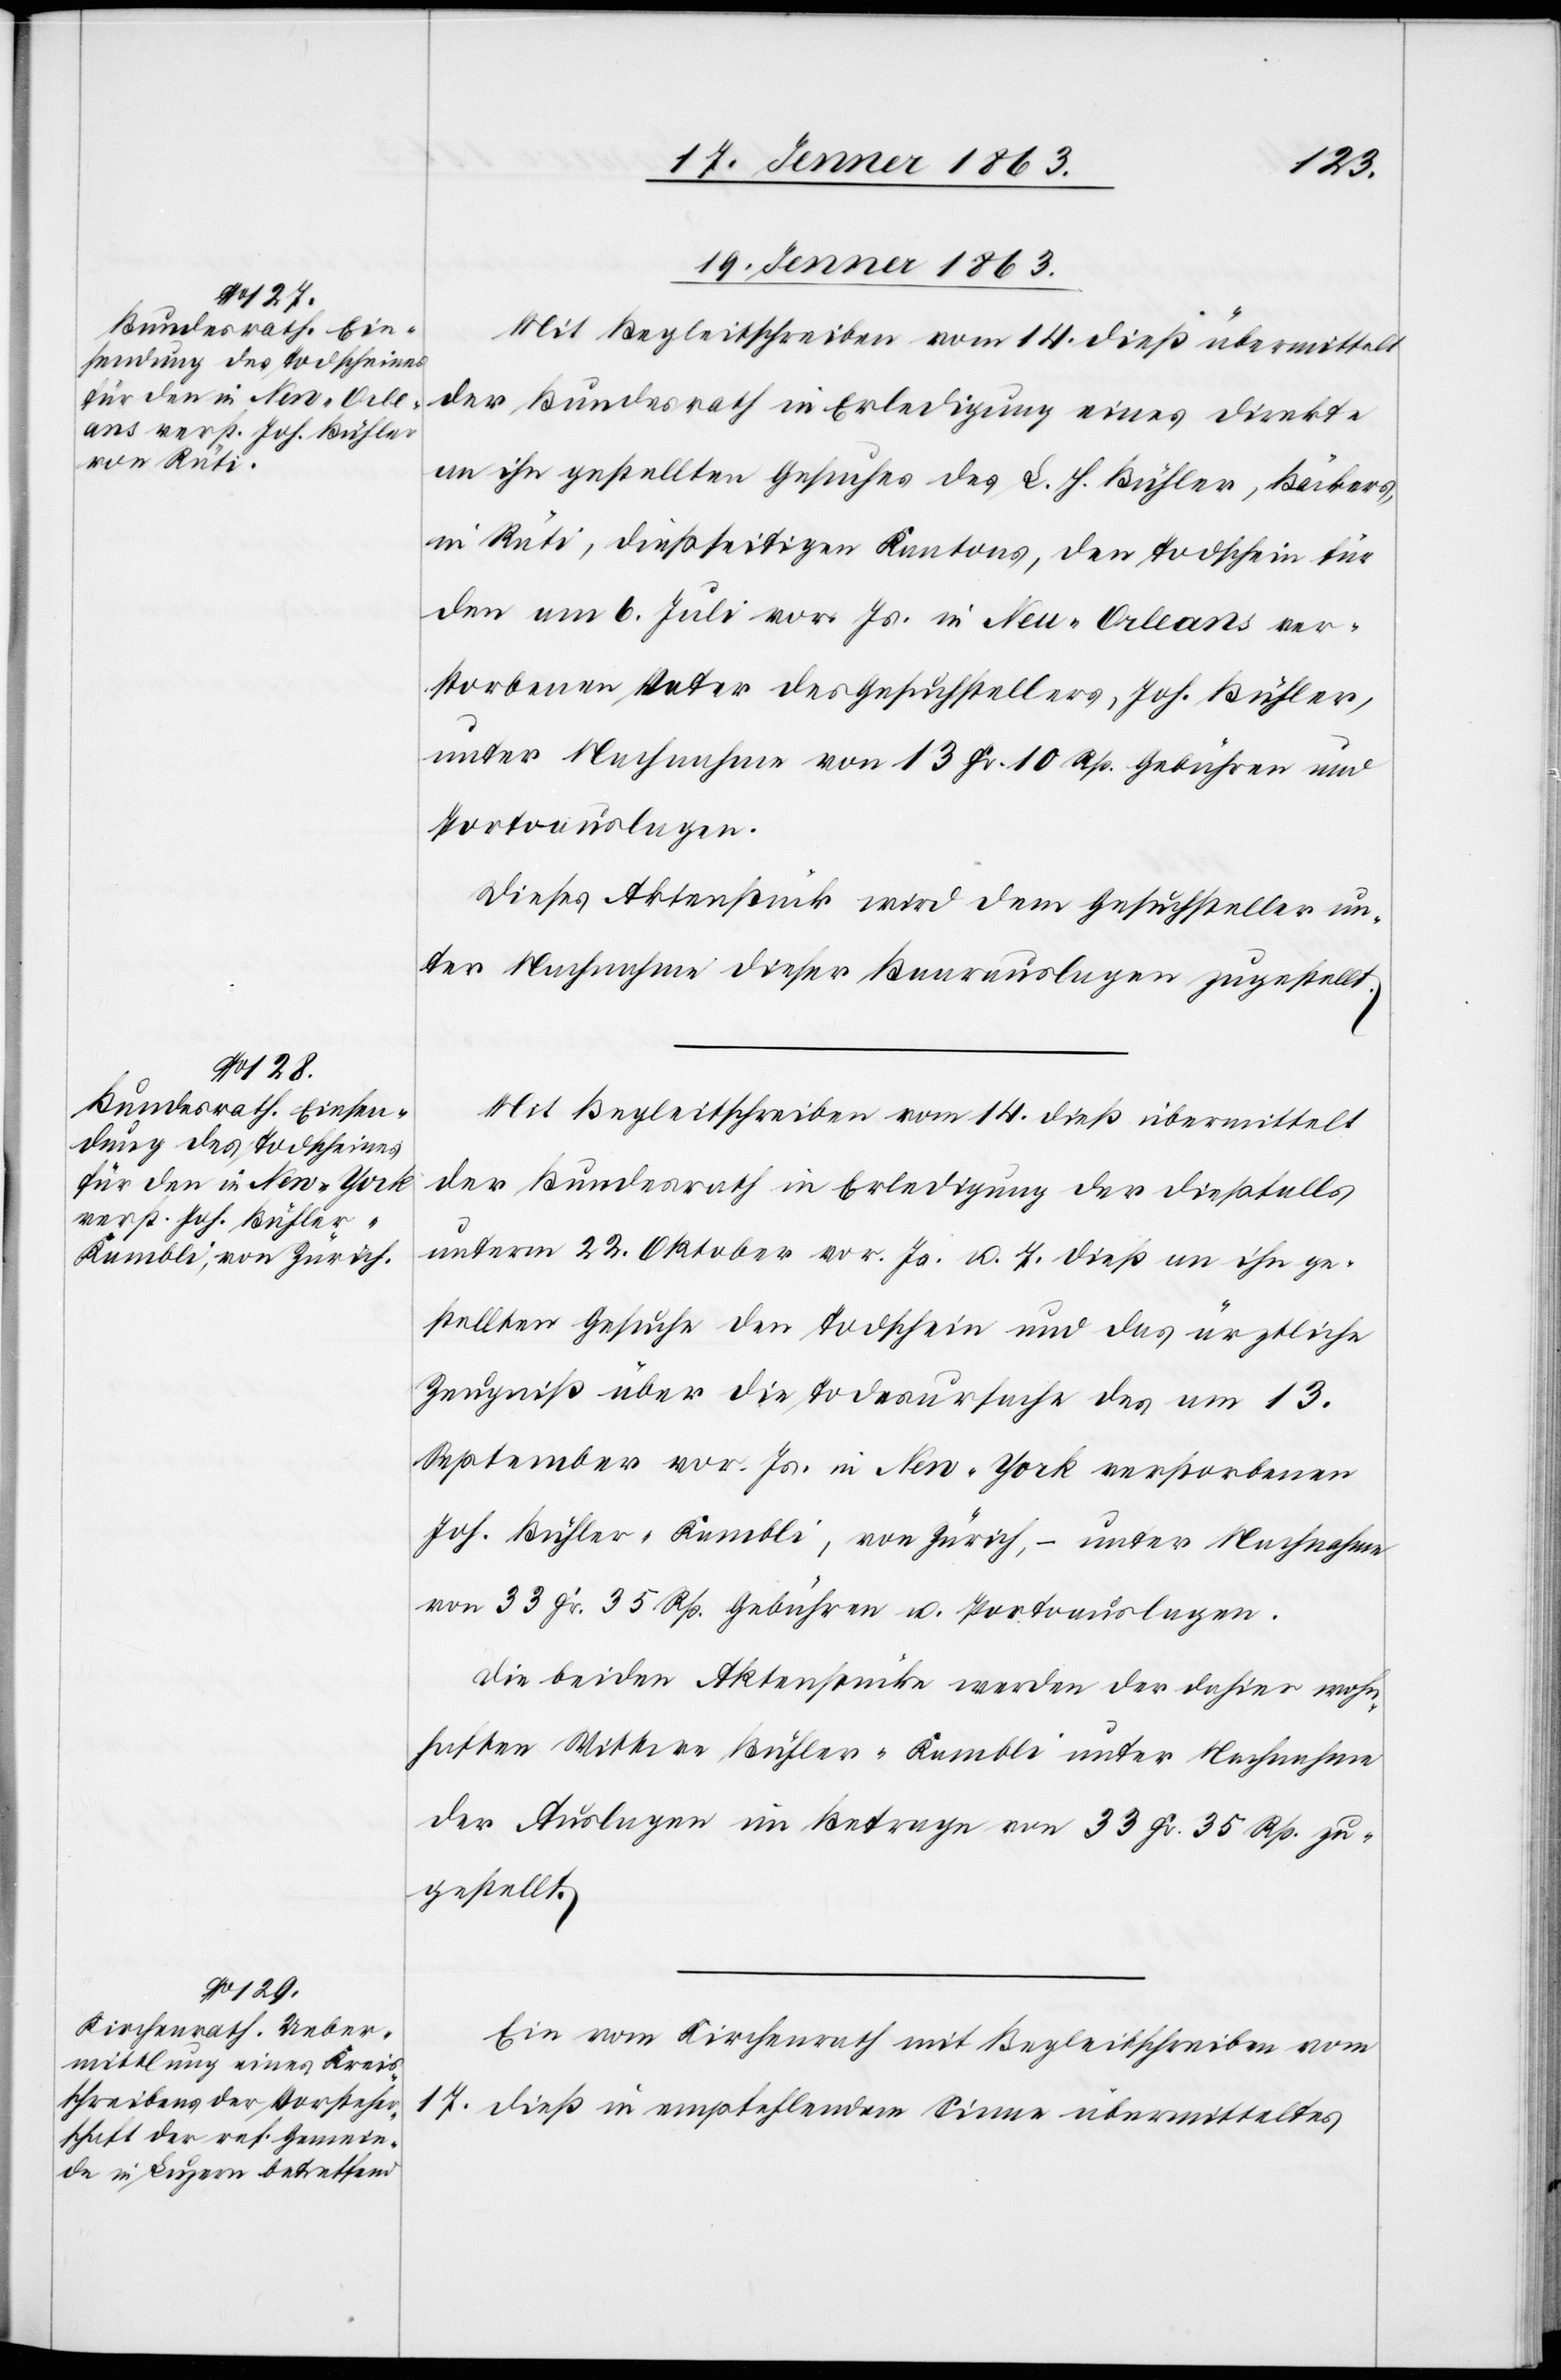
19. Jenner 1863.]
der Bundesrath in Erledigung eines direkte
an ihn gestellten Gesuches des L. H. Bühler, Bäckers,
in Rüti, dießseitigen Kantons, den Todschein für
den am 6. Juli vor. Js. in New-Orleans ver¬
storbenen Vater des Gesuchstellers, Joh. Bühler,
unter Nachnahme von 13 Fr. 10 Rp. Gebühren und
Portoauslagen.
Dieses Aktenstück wird dem Gesuchsteller un¬
ter Nachnahme dieser Baarauslagen zugestellt.
Mit Begleitschreiben vom 14. dieß übermittelt
der Bundesrath in Erledigung der dießfalls
unterm 22. Oktober vor. Js. u. 7. dieß an ihn ge¬
stellten Gesuche den Todschein und das ärztliche
Zeugniß über die Todesursache des am 13.
September vor. Js. in New-York verstorbenen
Joh. Bühler-Kambli, von Zürich, – unter Nachnahme
von 33 Fr. 35 Rp. Gebühren u. Portoauslagen.
Die beiden Aktenstücke werden der dahier wohn¬
haften Wittwe Bühler-Kambli unter Nachnahme
der Auslagen im Betrage von 33 Fr. 35 Rp. zu¬
gestellt.
Ein vom Kirchenrath mit Begleitschreiben vom
17. dieß in empfehlendem Sinne übermitteltes